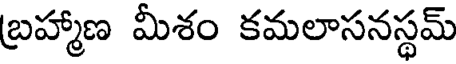
బ్రహ్మాణ మీశం కమలాసనస్థమ్